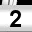
Digit: 2